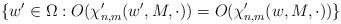
LaTeX: \begin{align*} \{w' \in \Omega: O(\chi_{n,m}'(w', M, \cdot)) = O(\chi_{n,m}'(w, M, \cdot))\} \end{align*}